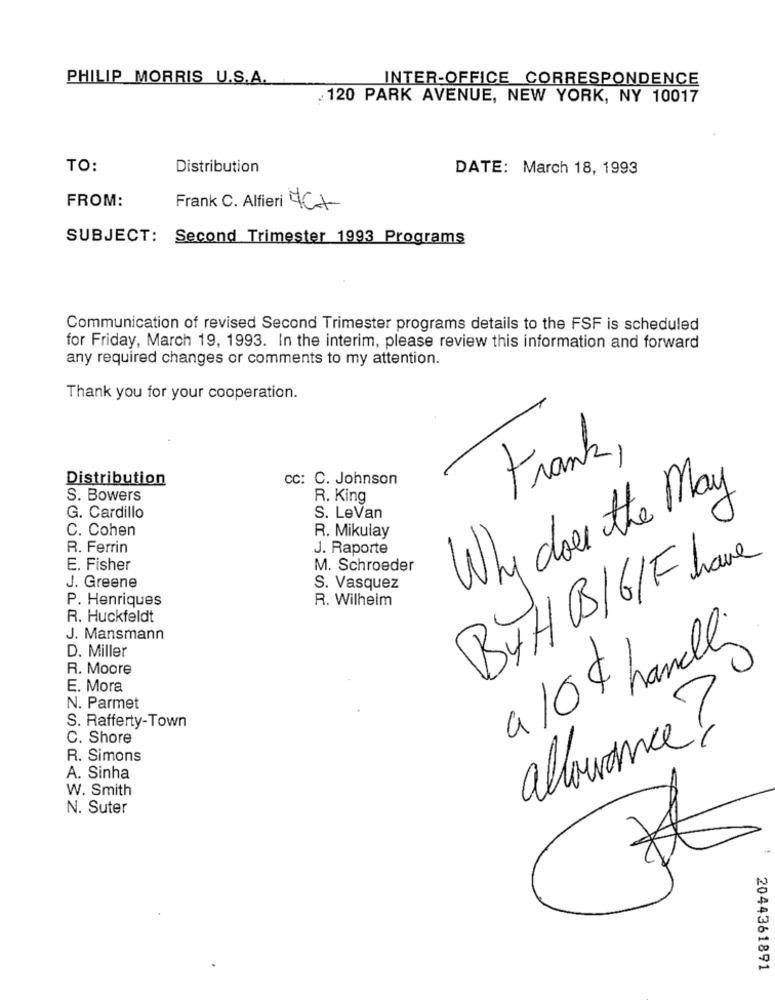
PHILIP MORRIS U.S.A.
INTER-OFFICE CORRESPONDENCE
120 PARK AVENUE, NEW YORK, NY 10017
TO:
Distribution
DATE: March 18, 1993
FROM:
Frank C. Alfieri 4Ct
SUBJECT: Second Trimester 1993 Programs
Communication of revised Second Trimester programs details to the FSF is scheduled
for Friday, March 19, 1993. In the interim, please review this information and forward
any required changes or comments to my attention.
Thank you for your cooperation.
Frank,
Distribution
Cc: C. Johnson
S. Bowers
R. King
Why does the May
G. Cardillo
S. LeVan
C. Cohen
R. Mikulay
R. Ferrin
J. Raporte
BYHB/6/F have
E. Fisher
M. Schroeder
J. Greene
S. Vasquez
P. Henriques
R. Wilhelm
R. Huckfeldt
J. Mansmann
D. Miller
a /04 handel
R. Moore
E. Mora
N. Parmet
S. Rafferty-Town
C. Shore
allowance?
R. Simons
A. Sinha
W. Smith
N. Suter
2044361891